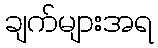
ချက်များအရ